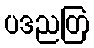
ပဒညတြ